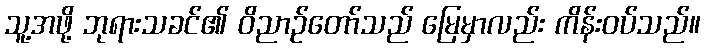
သူ့အဖို့ ဘုရားသခင်၏ ဝိညာဉ်တော်သည် မြေမှာလည်း ကိန်းဝပ်သည်။